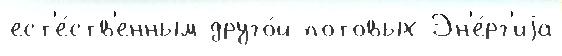
ест'е́ств'енным друго́й потовых Эн'е́рг'иjа